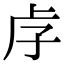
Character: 𡥋